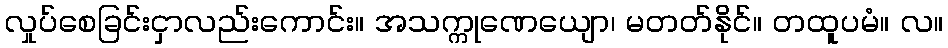
လှုပ်စေခြင်းငှာလည်းကောင်း။ အသက္ကုဏေယျော၊ မတတ်နိုင်။ တထူပမံ။ လ။